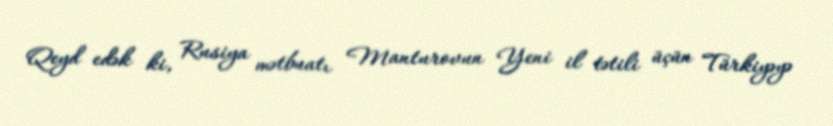
Qeyd edək ki, Rusiya mətbuatı Manturovun Yeni il tətili üçün Türkiyəyə